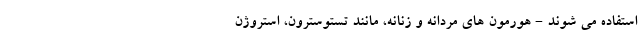
استفاده می شوند - هورمون های مردانه و زنانه، مانند تستوسترون، استروژن